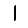
Digit: 1